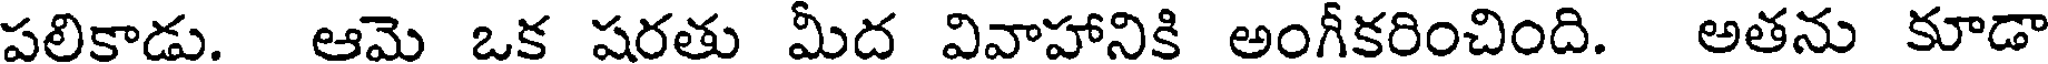
పలికాడు. ఆమె ఒక షరతు మీద వివాహానికి అంగీకరించింది. అతను కూడా